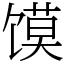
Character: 馍